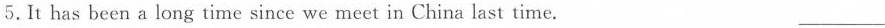
5. It has been a long time since we meet in China last time. ___